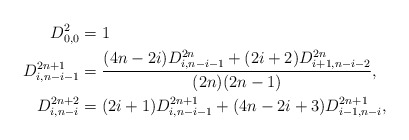
\begin{align*}D_{0,0}^2 &= 1\\D_{i,n-i-1}^{2n+1} &= \frac{(4n-2i)D_{i,n-i-1}^{2n}+(2i+2)D_{i+1,n-i-2}^{2n}}{(2n)(2n-1)},\\D_{i,n-i}^{2n+2} &=(2i+1)D_{i,n-i-1}^{2n+1}+(4n-2i+3)D_{i-1,n-i}^{2n+1},\end{align*}